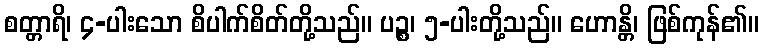
စတ္တာရိ၊ ၄-ပါးသော စိပါက်စိတ်တို့သည်။ ပဉ္စ၊ ၅-ပါးတို့သည်။ ဟောန္တိ၊ ဖြစ်ကုန်၏။